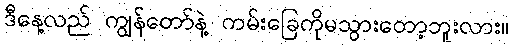
ဒီနေ့လည် ကျွန်တော်နဲ့ ကမ်းခြေကိုမသွားတော့ဘူးလား။